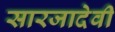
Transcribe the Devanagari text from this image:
सारजादेवी